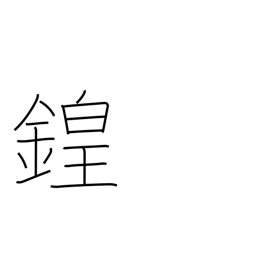
Meaning: sound of bells and drums